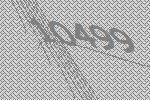
10499